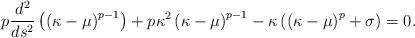
\begin{align*}p\frac{d^2}{ds^2}\left(\left(\kappa-\mu\right)^{p-1}\right)+p\kappa^2\left(\kappa-\mu\right)^{p-1}-\kappa\left(\left(\kappa-\mu\right)^p+\sigma\right)=0.\end{align*}